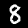
Label: 8